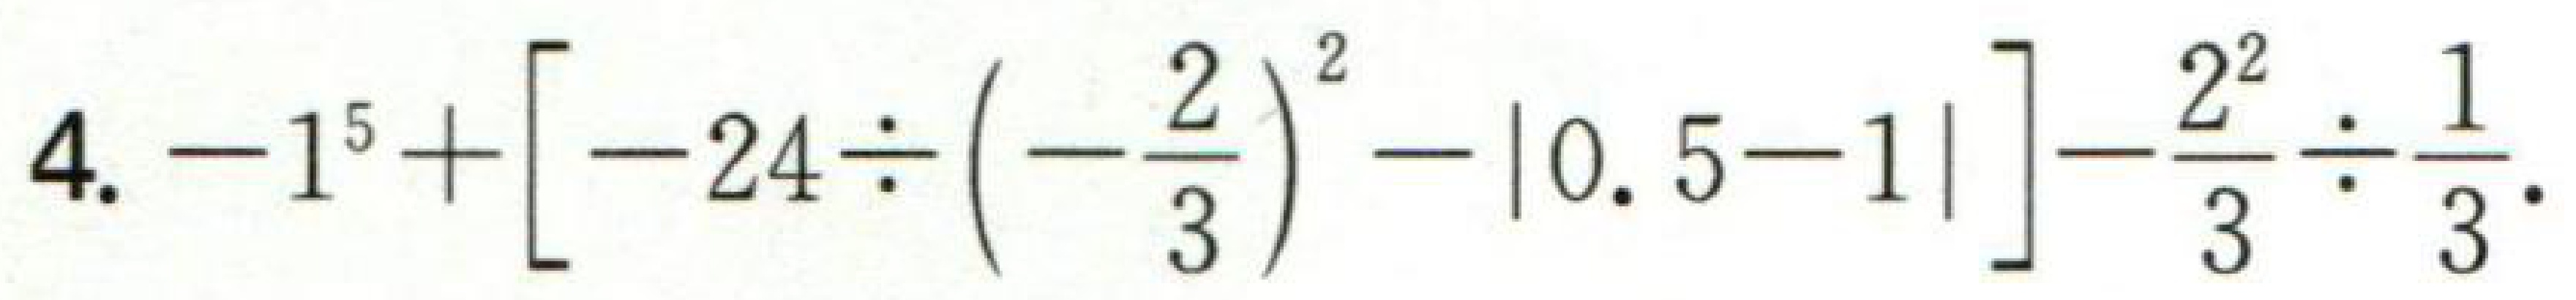
\(4. -1^{5}+\left[-24\div\left(-\frac{2}{3}\right)^{2}-\vert0.5 - 1\vert\right]-\frac{2^{2}}{3}\div\frac{1}{3}\)